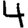
Digit: 4